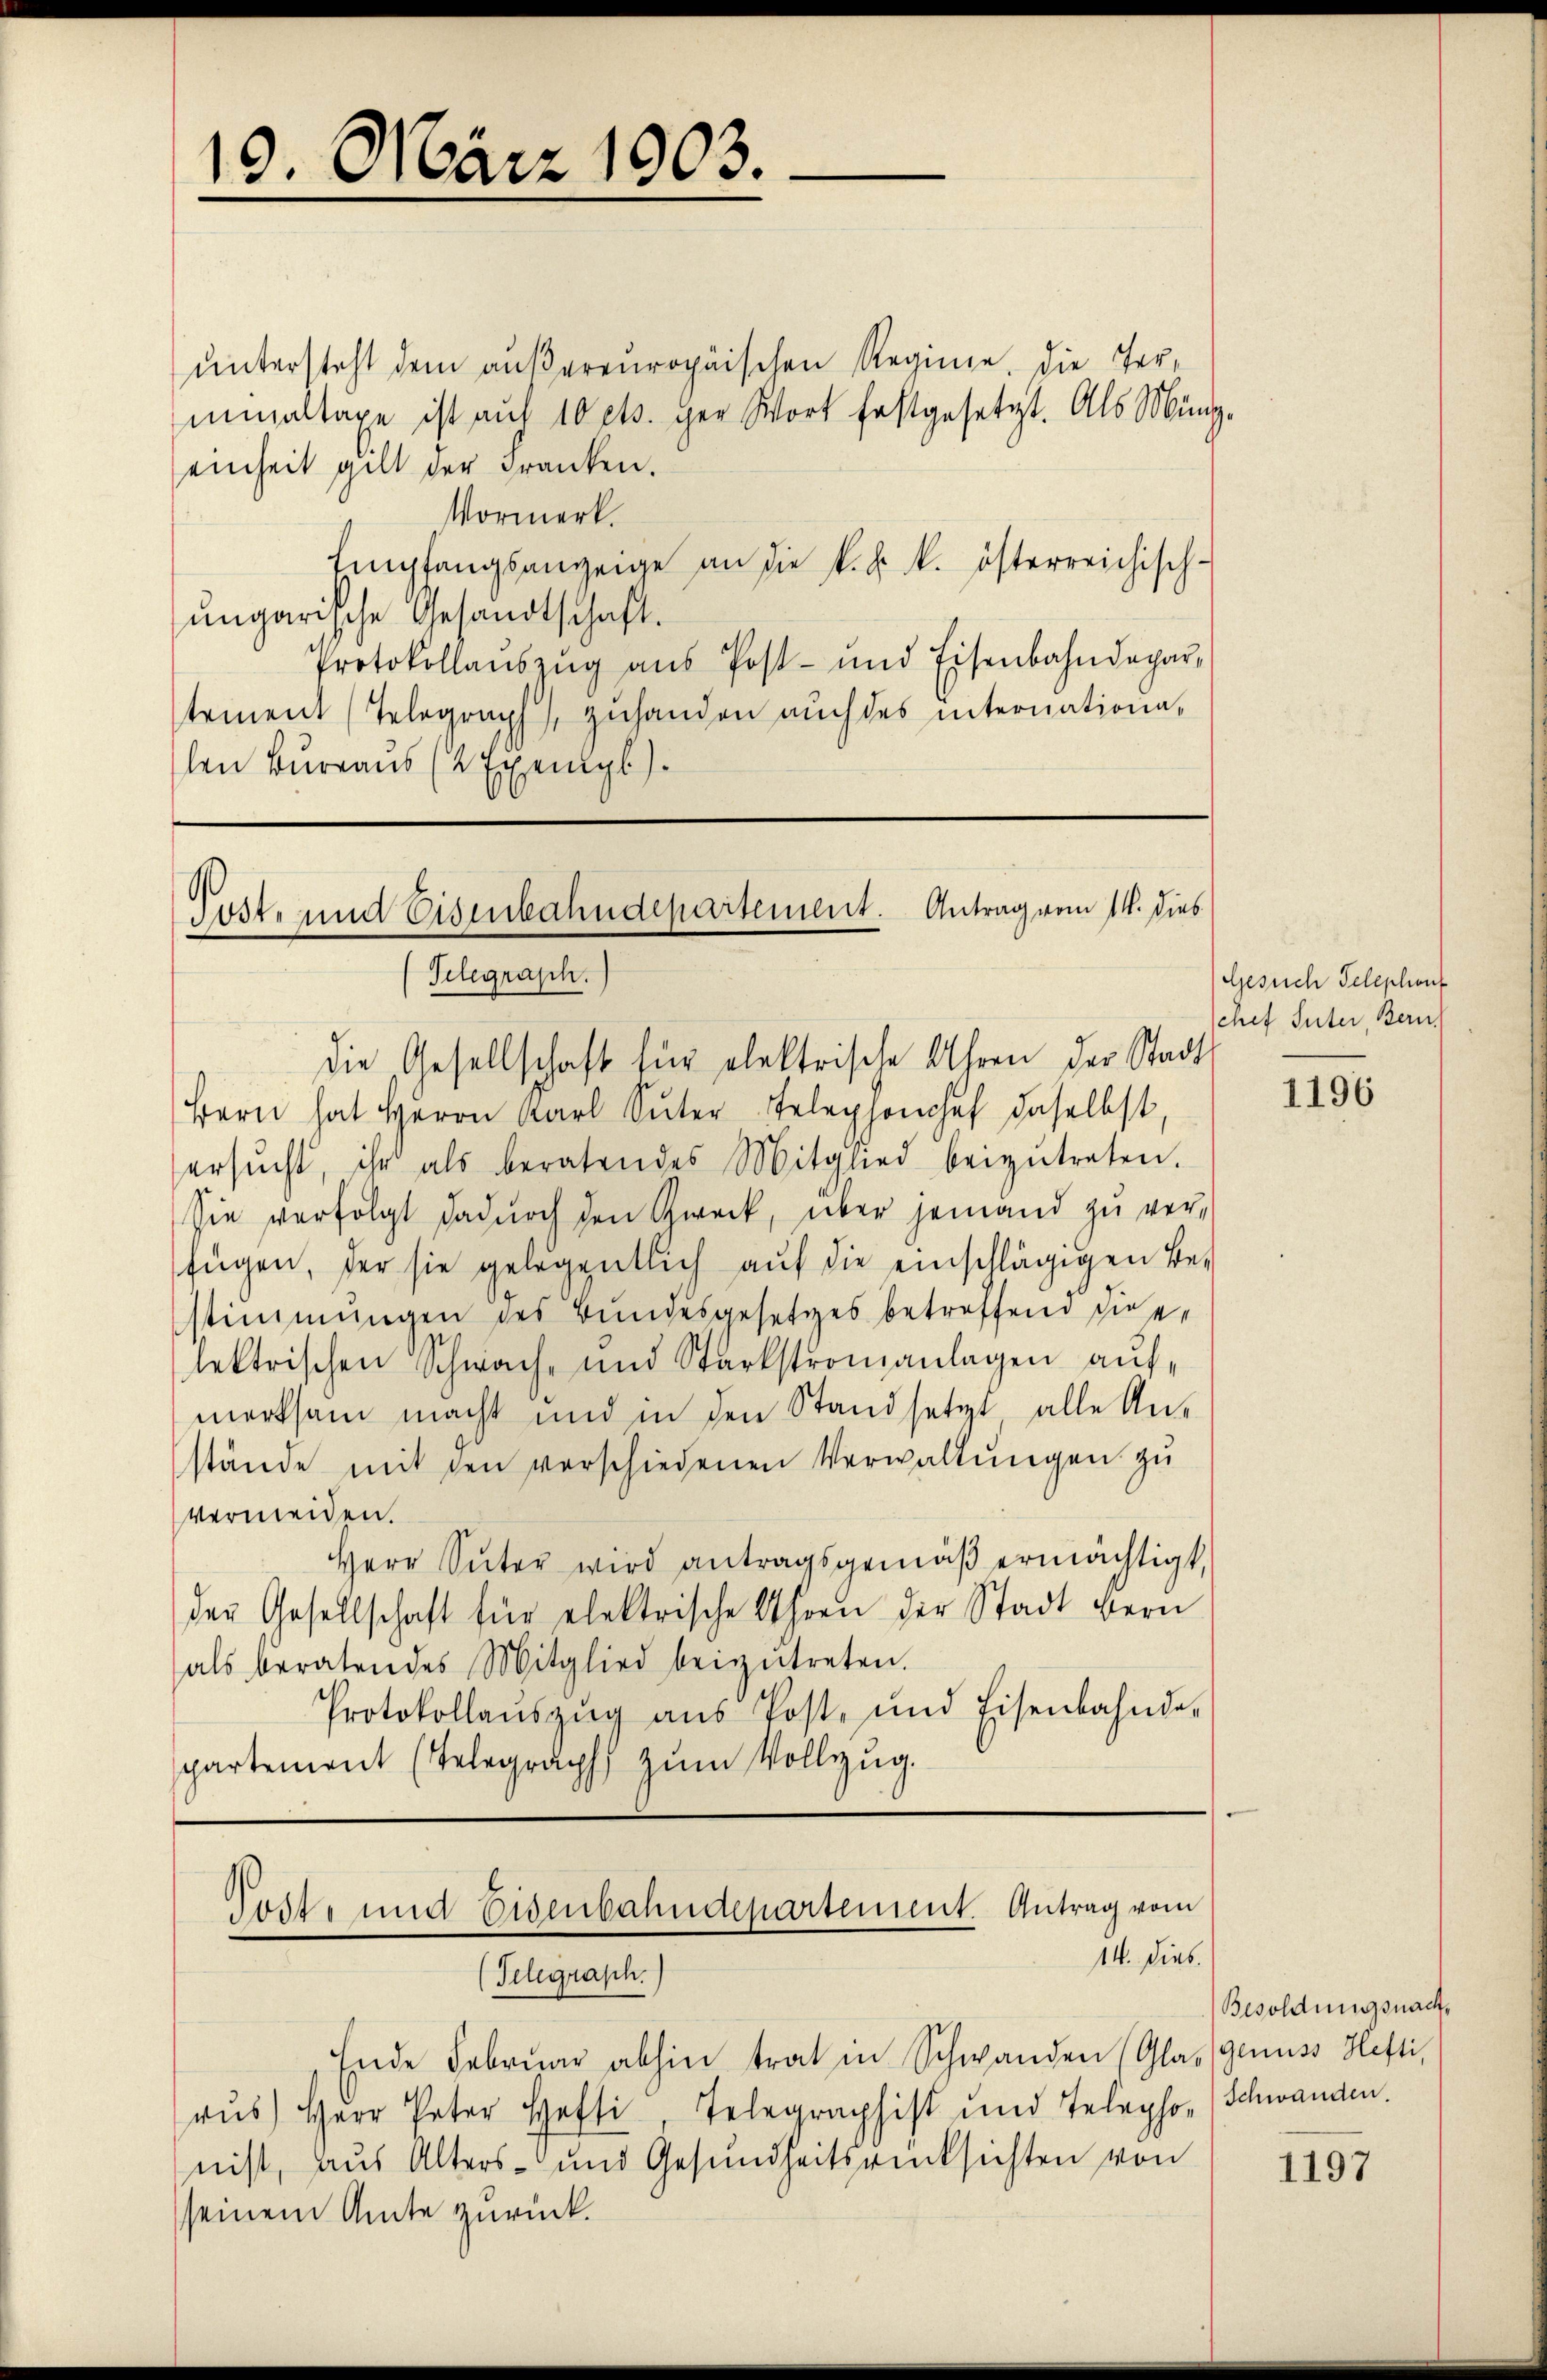
19. März 1903.

untersteht dem außereuropäischen Reginne, die Termialtaxe ist aŭf 10 cts. der Wort festgesetzt. Als Münz-
einheit gilt der Franken.
Vormerk.
Empfangsanzeige an die k. k. k. österreichisch-
ungarische Gesandtschaft.
Protokollanszŭg aŭs Post- und Eisenbahndepar-
stement (Telegraph, zuhanden auch des internationalen Bureaus (2 Eienigl.

Koste und Eisenbahndepartement. Antrag vom 14. dies
Telegrasch.

Die Gesellschaft für elektrische Uhren der Stadts
Bern hat Herrn Karl Sŭter Telephonchef daselbst,
ersŭcht, ihr als beratendes Mitglied beizŭtreten.
Sie verfolgt dadurch den Zweck, über jemand zu verfügen, der sie gelegentlich aŭf die einschlägigen Be-
stimmungen des Bundesgesetzes betreffend die e
lektrischen Schwach- und Starkstromanlagen aufmerksam macht und in den Stand setzt alle Anstände mit den verschiedenen Verwaltŭngen zŭ
vermeiden.
Herr Suter wird antragsgemäß ermächtigt,
der Gesellschaft für elektrische Uhren der Stadt Bern
als beratendes Mitglied beizŭtreten.
Protokollaŭszŭg aŭs Post- und Eisenbahnde-
partement (Telegraph zum Vollzug.

Tost- und Eisenbahndepartement. Antrag vom
14. Dieb.
(Telegrasch.)

Ende Febrŭar abhin trat in Schwanden (Glas (genuss Hefti,
rus) Herr Peter Hefti, Telegraphist und Telepho- (Schwanden.
nist, aus Alters- und Gesundheitsrücksichten von
seinem Amte zurück.

Gesuch Telephons
chef Suter, Zürich

1196

Besoldungsnach,

1197